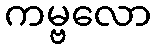
ကမ္ဗလော